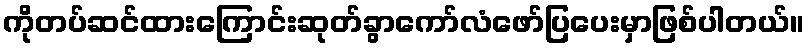
ကိုတပ်ဆင်ထားကြောင်းဆုတ်ခွာကော်လံဖော်ပြပေးမှာဖြစ်ပါတယ်။